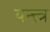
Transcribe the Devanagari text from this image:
यन्त्त्त्र